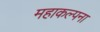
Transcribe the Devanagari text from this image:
महाकल्पना